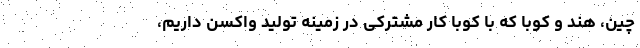
چین، هند و کوبا که با کوبا کار مشترکی در زمینه تولید واکسن داریم،